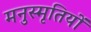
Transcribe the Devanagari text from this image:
मनुस्मृतियों